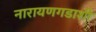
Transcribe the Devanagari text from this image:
नारायणगडाशी